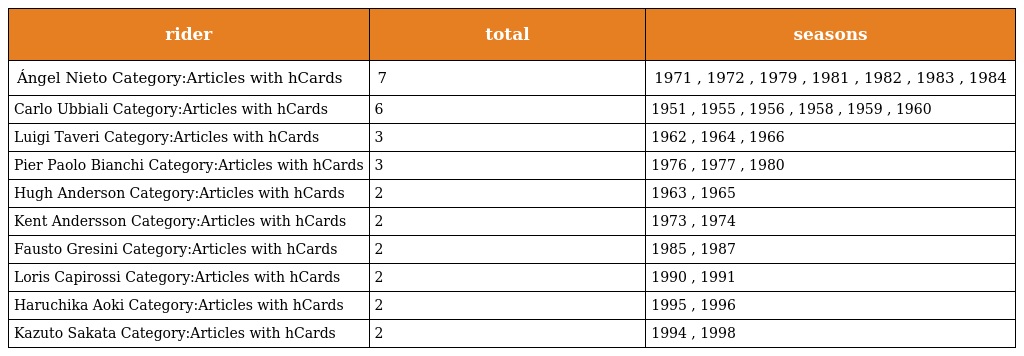
| rider | total | seasons |
 | --- | --- | --- |
 | Ángel Nieto Category:Articles with hCards | 7 | 1971 , 1972 , 1979 , 1981 , 1982 , 1983 , 1984 |
 | Carlo Ubbiali Category:Articles with hCards | 6 | 1951 , 1955 , 1956 , 1958 , 1959 , 1960 |
 | Luigi Taveri Category:Articles with hCards | 3 | 1962 , 1964 , 1966 |
 | Pier Paolo Bianchi Category:Articles with hCards | 3 | 1976 , 1977 , 1980 |
 | Hugh Anderson Category:Articles with hCards | 2 | 1963 , 1965 |
 | Kent Andersson Category:Articles with hCards | 2 | 1973 , 1974 |
 | Fausto Gresini Category:Articles with hCards | 2 | 1985 , 1987 |
 | Loris Capirossi Category:Articles with hCards | 2 | 1990 , 1991 |
 | Haruchika Aoki Category:Articles with hCards | 2 | 1995 , 1996 |
 | Kazuto Sakata Category:Articles with hCards | 2 | 1994 , 1998 |